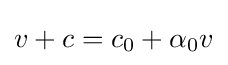
v+c=c_{0}+\alpha _{0}v